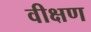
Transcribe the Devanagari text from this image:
वीक्षण